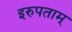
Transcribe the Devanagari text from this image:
इरुपताम्